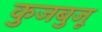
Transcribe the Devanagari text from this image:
कुजबुजू